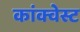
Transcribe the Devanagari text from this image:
कांक्वेस्ट